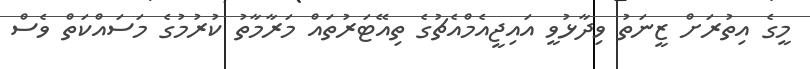
މީގެ އިތުރަށް ޒީނަތު ވިދާޅުވީ އައިޖީއެމްއެޗުގެ ތިއޭޓަރުތައް މަރާމާތު ކުރުމުގެ މަސައްކަތް ވެސް